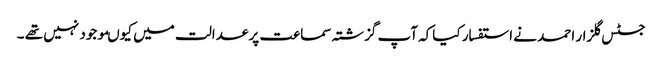
جسٹس گلزار احمد نے استفسار کیاکہ آپ گزشتہ سماعت پر عدالت میں کیوںموجود نہیں تھے ۔